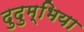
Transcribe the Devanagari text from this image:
दुदुम्भिया